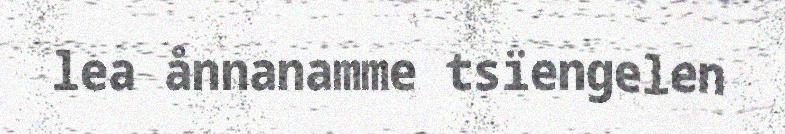
lea ånnanamme tsïengelen